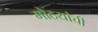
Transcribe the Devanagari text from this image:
मोठयांची